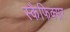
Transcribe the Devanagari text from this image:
स्कैफिक्सर